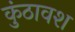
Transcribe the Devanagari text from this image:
कुंठावश